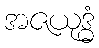
အဇယုဒ္ဓံ